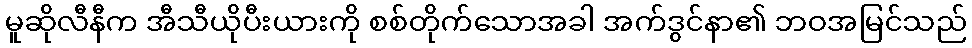
မူဆိုလီနီက အီသီယိုပီးယားကို စစ်တိုက်သောအခါ အက်ဒွင်နာ၏ ဘဝအမြင်သည်